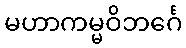
မဟာကမ္မဝိဘင်္ဂေ